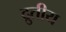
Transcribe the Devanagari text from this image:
द्रुतीय